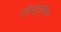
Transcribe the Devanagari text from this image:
लिस्ट्रोसॉरस